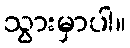
သွားမှာပါ။